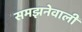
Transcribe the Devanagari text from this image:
समझनेवाली